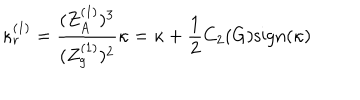
\kappa _ { r } ^ { ( 1 ) } = \frac { ( Z _ { A } ^ { ( 1 ) } ) ^ { 3 } } { ( Z _ { g } ^ { ( 1 ) } ) ^ { 2 } } \kappa = \kappa + \frac { 1 } { 2 } C _ { 2 } ( G ) \mathrm { s i g n } ( \kappa )